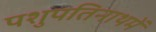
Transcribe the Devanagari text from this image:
पशुपतिनाथमें